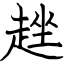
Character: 趖